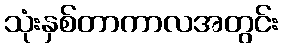
သုံးနှစ်တာကာလအတွင်း